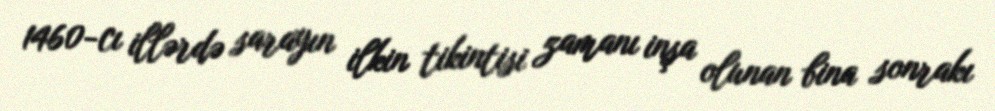
1460-cı illərdə sarayın ilkin tikintisi zamanı inşa olunan bina sonrakı